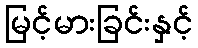
မြင့်မားခြင်းနှင့်